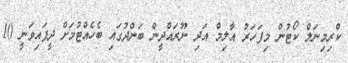
ކްރިމިނަލް ކޯޓުން މިފަހަރު އާލިމް އަދި ނޫރައްދީން ބަންދުގައި ބެހެއްޓުމަށް ދީފައިވަނީ 10